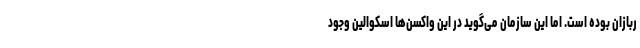
ربازان بوده است. اما این سازمان می‌گوید در این واکسن‌ها اسکوالین وجود